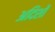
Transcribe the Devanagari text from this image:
अदिशों